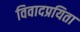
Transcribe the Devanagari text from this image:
विवादप्रयिता